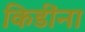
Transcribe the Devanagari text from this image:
किडींना